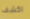
اكشف